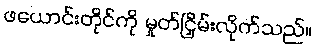
ဖယောင်းတိုင်ကို မှုတ်ငြှိမ်းလိုက်သည်။